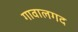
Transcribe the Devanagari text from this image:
गावालगद